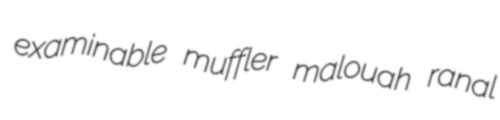
examinable muffler malouah ranal